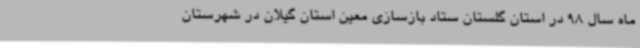
ماه سال 98 در استان گلستان ستاد بازسازی معین استان گیلان در شهرستان